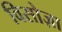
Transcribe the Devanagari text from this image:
विसोज़ा